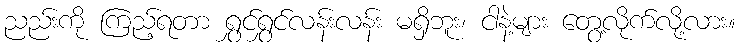
ညည်းကို ကြည့်ရတာ ရွှင်ရွှင်လန်းလန်း မရှိဘူး၊ ငါနဲ့များ တွေ့လိုက်လို့လား။